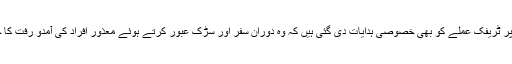
اسی طرح سڑکوں پر ٹریفک عملے کو بھی خصوصی ہدایات دی گئی ہیں کہ وہ دوران سفر اور سڑک عبور کرتے ہوئے معذور افراد کی آمدو رفت کا خاص خیال رکھیں۔